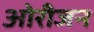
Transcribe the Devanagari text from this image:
ओरीजन